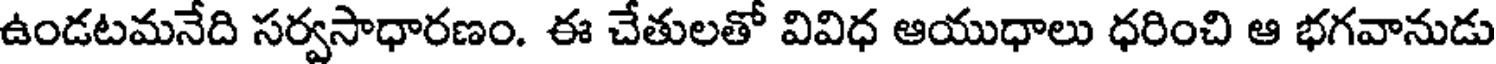
ఉండటమనేది సర్వసాధారణం. ఈ చేతులతో వివిధ ఆయుధాలు ధరించి ఆ భగవానుడు